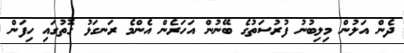
ދެން އަލުން މިލިބުނު ފުރުސަތުގެ ބޭނުން އަހަރެން އެންމެ ރަނގަޅު ގޮތުގައި ހިފަން